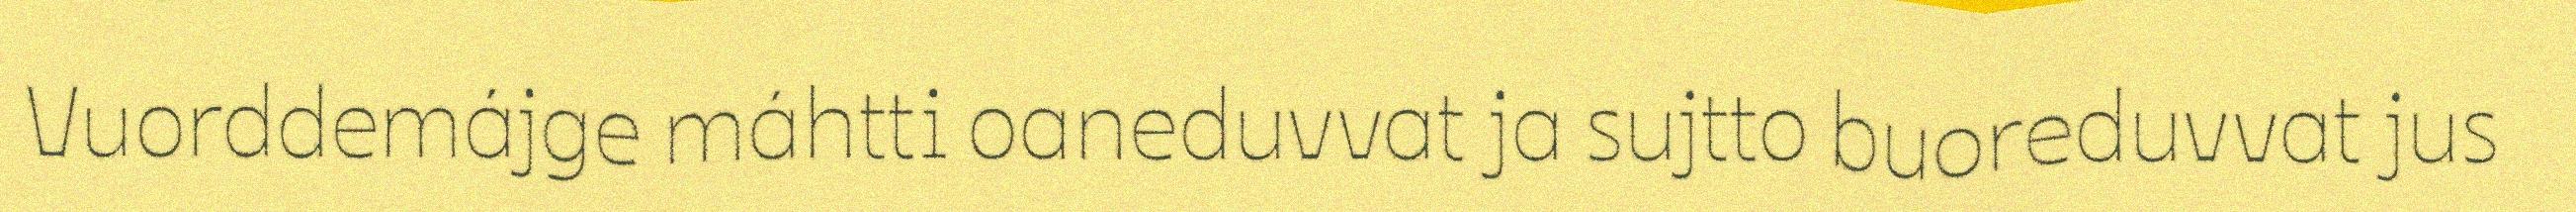
Vuorddemájge máhtti oaneduvvat ja sujtto buoreduvvat jus